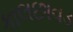
કાલછાવડ